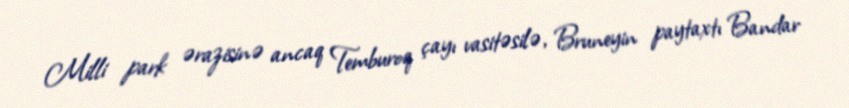
Milli park ərazisinə ancaq Temburoq çayı vasitəsilə, Bruneyin paytaxtı Bandar